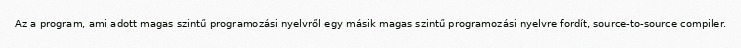
Az a program, ami adott magas szintű programozási nyelvről egy másik magas szintű programozási nyelvre fordít, source-to-source compiler.